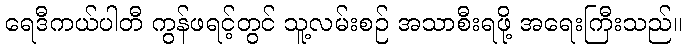
ရေဒီကယ်ပါတီ ကွန်ဖရင့်တွင် သူ့လမ်းစဉ် အသာစီးရဖို့ အရေးကြီးသည်။